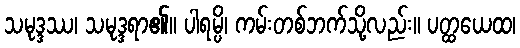
သမုဒ္ဒဿ၊ သမုဒ္ဒရာ၏။ ပါရမ္ပိ၊ ကမ်းတစ်ဘက်သို့လည်း။ ပတ္ထယေထ၊